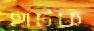
হাটক